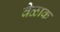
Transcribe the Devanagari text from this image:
वेळाक